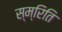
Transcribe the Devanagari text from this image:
स्म्रिति